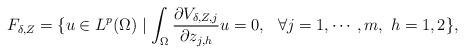
LaTeX: \begin{align*}F_{\delta,Z}=\{u\in L^p(\Omega)\mid \int_{\Omega}\frac{\partial V_{\delta, Z,j}}{\partial z_{j,h}}u=0,\ \ \forall j=1,\cdots,m,\ h=1,2\},\end{align*}